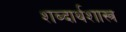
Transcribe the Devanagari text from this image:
शब्दार्थशास्त्र